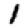
Digit: 1